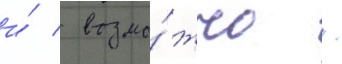
и́ / возмо́жно /